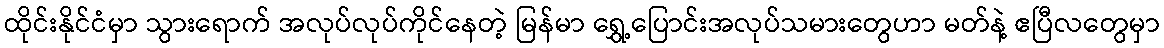
ထိုင်းနိုင်ငံမှာ သွားရောက် အလုပ်လုပ်ကိုင်နေတဲ့ မြန်မာ ရွှေ့ပြောင်းအလုပ်သမားတွေဟာ မတ်နဲ့ ဧပြီလတွေမှာ